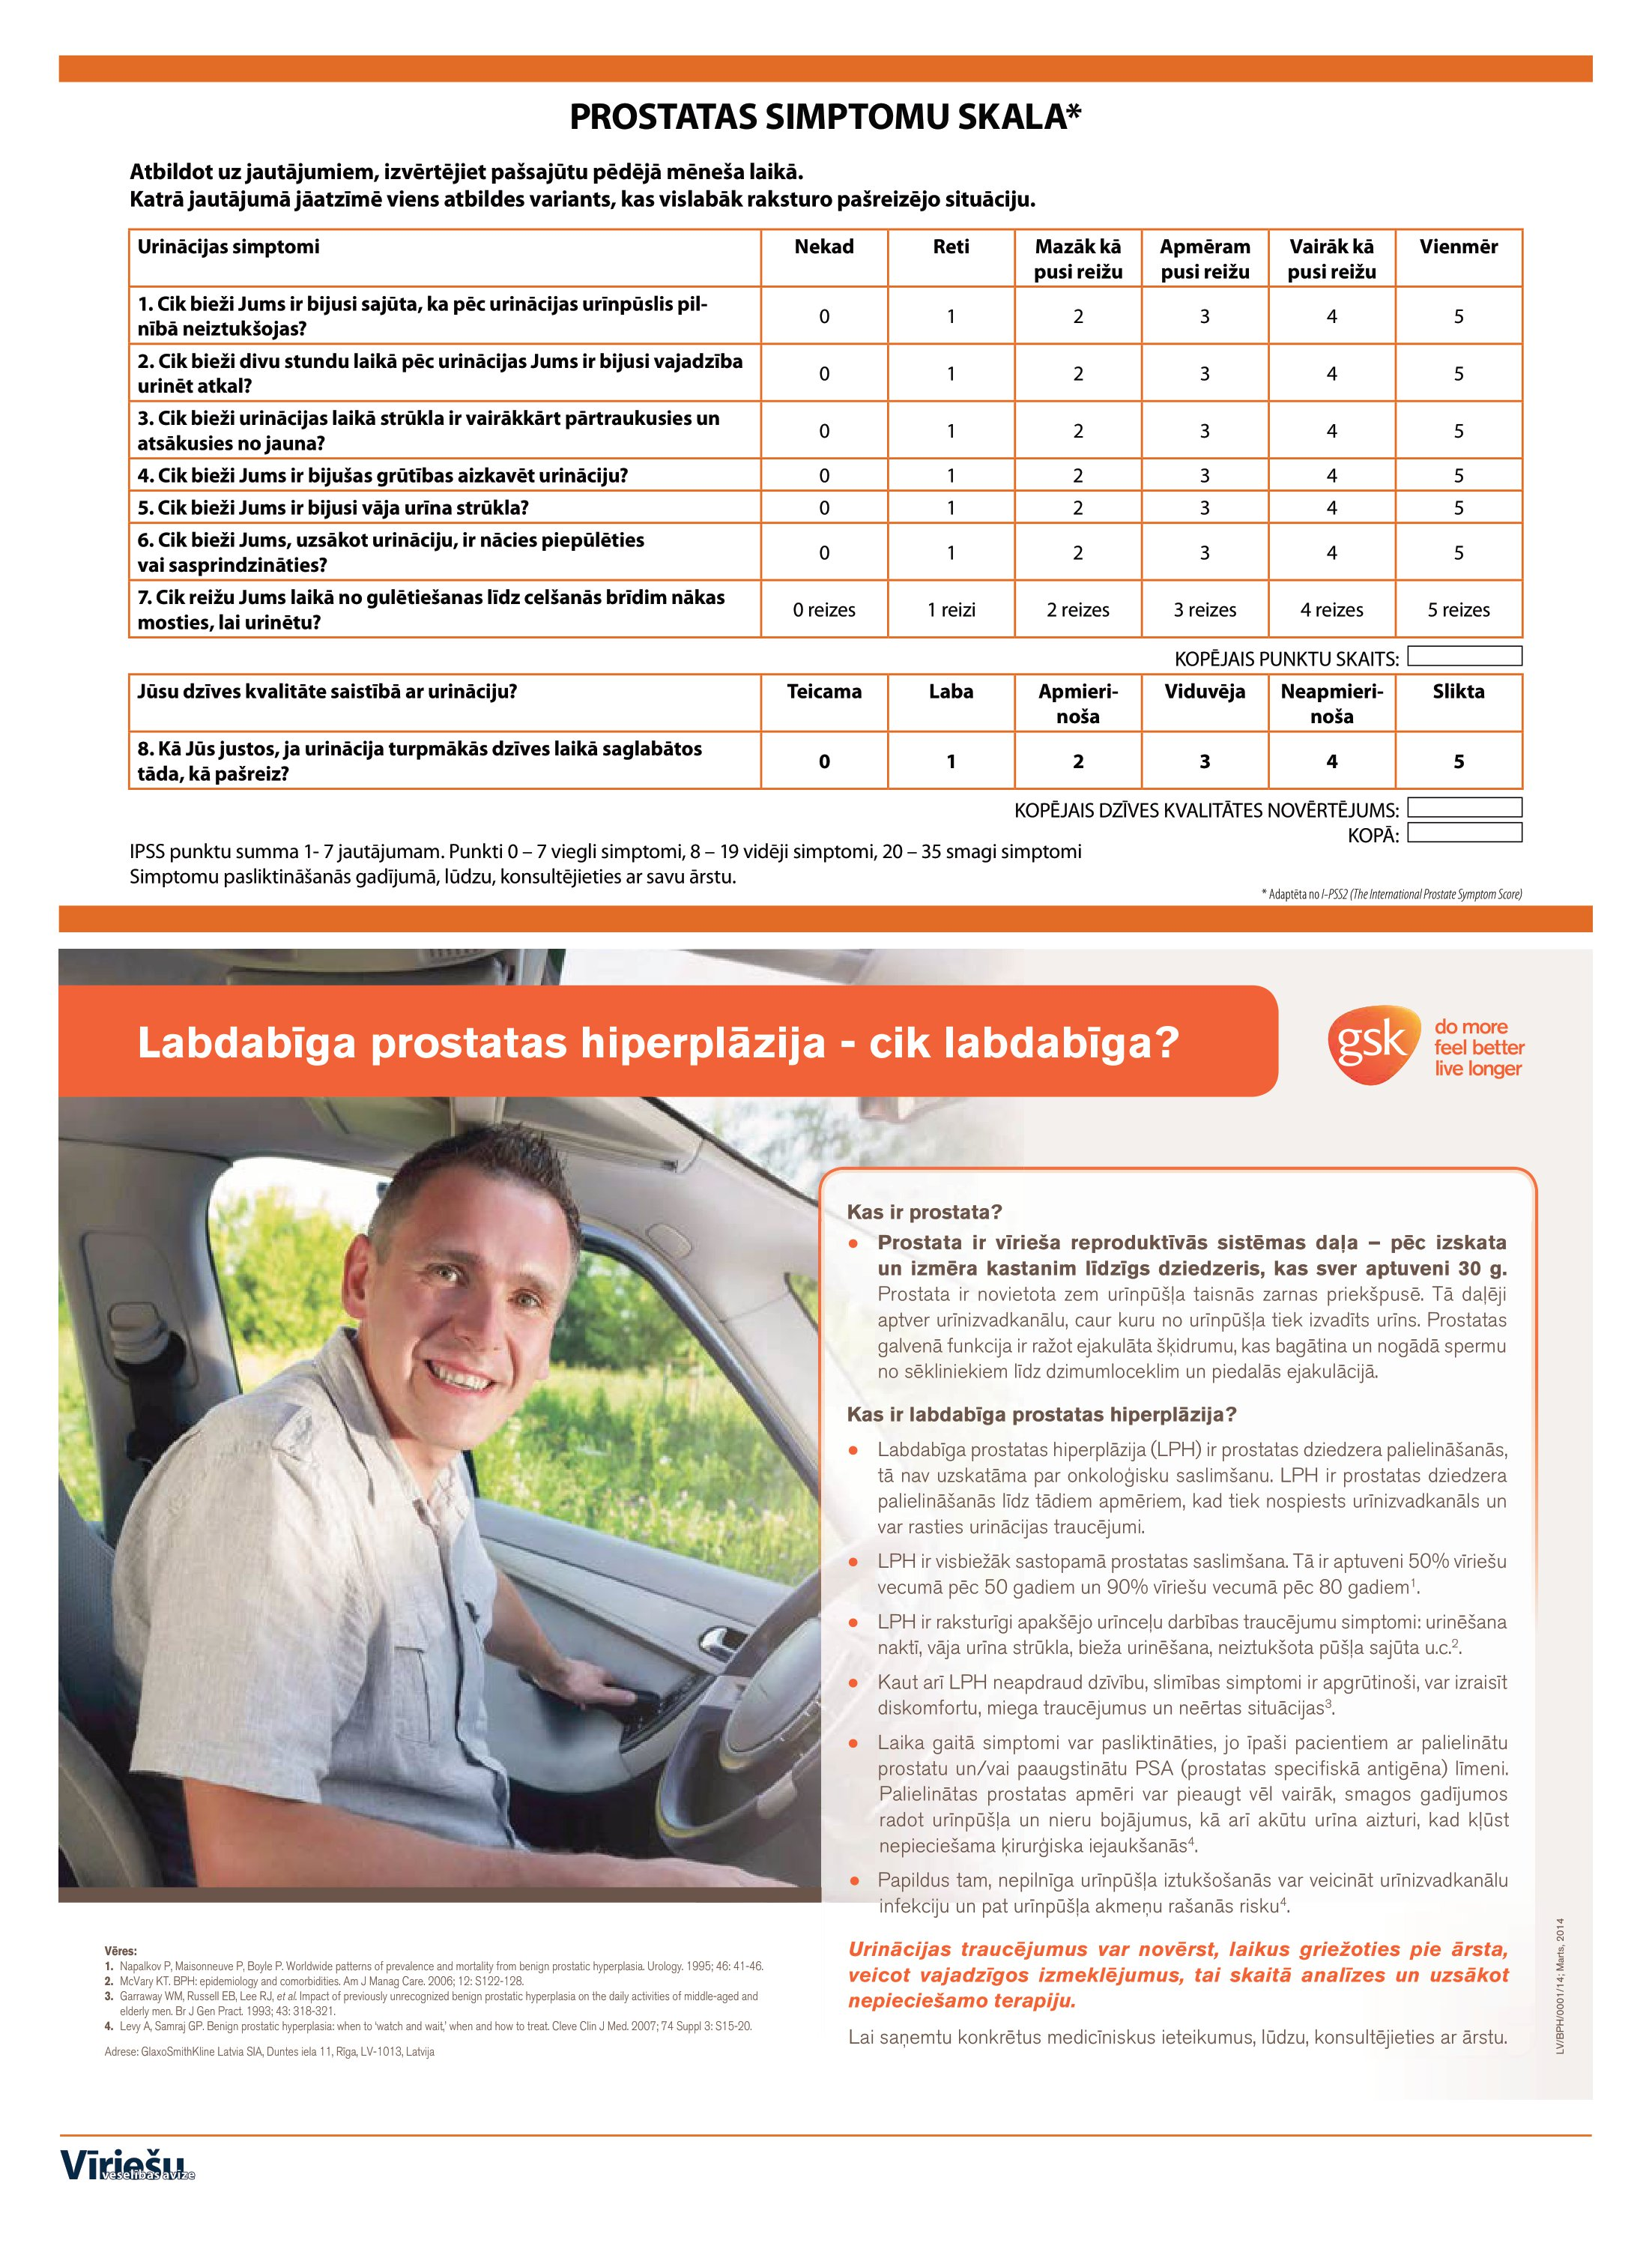
Language: lv